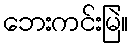
ဘေးကင်းမြဲ။